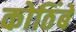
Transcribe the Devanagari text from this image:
कोठिंबे